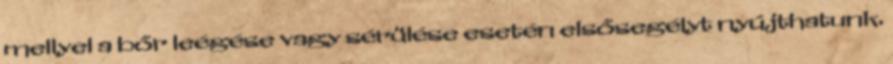
mellyel a bőr leégése vagy sérülése esetén elsősegélyt nyújthatunk.